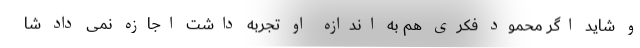
و شاید اگر محمود فکری هم به اندازه او تجربه داشت اجازه نمی داد شا